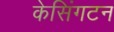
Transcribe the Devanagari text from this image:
केसिंगटन